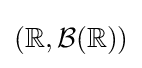
(\mathbb {R} ,{\mathcal {B}}(\mathbb {R} ))